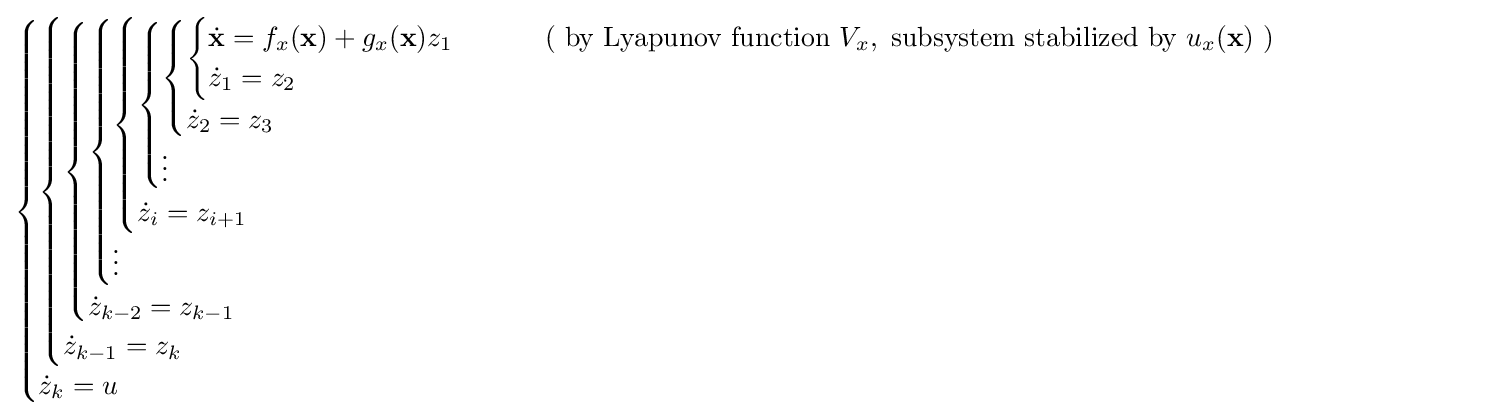
{\begin{cases}{\begin{cases}{\begin{cases}{\begin{cases}{\begin{cases}{\begin{cases}{\begin{cases}{\begin{cases}{\dot {\mathbf {x} }}=f_{x}(\mathbf {x} )+g_{x}(\mathbf {x} )z_{1}&\qquad {\text{ ( by Lyapunov function }}V_{x},{\text{ subsystem stabilized by }}u_{x}({\textbf {x}}){\text{ )}}\\{\dot {z}}_{1}=z_{2}\end{cases}}\\{\dot {z}}_{2}=z_{3}\end{cases}}\\\vdots \end{cases}}\\{\dot {z}}_{i}=z_{i+1}\end{cases}}\\\vdots \end{cases}}\\{\dot {z}}_{k-2}=z_{k-1}\end{cases}}\\{\dot {z}}_{k-1}=z_{k}\end{cases}}\\{\dot {z}}_{k}=u\end{cases}}